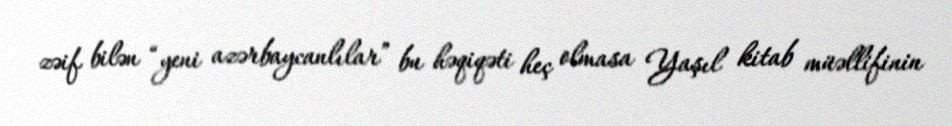
zəif bilən “yeni azərbaycanlılar” bu həqiqəti heç olmasa Yaşıl kitab müəllifinin